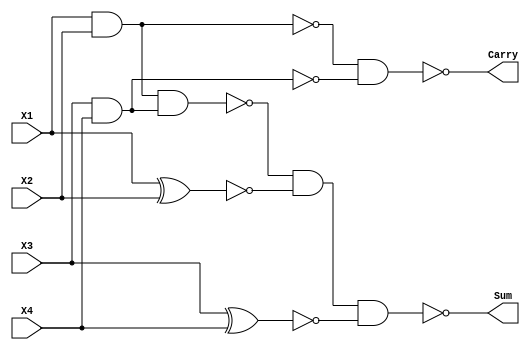
`timescale 1ns / 1ps
//////////////////////////////////////////////////////////////////////////////////
// Company: 
// Engineer: 
// 
// Design Name: 
// Module Name:    comp_approx_4_2 
// Project Name: 
// Target Devices: 
// Tool versions: 
// Description: 
//
// Dependencies: 
//
// Revision: 
// Revision 0.01 - File Created
// Additional Comments: 
//
//////////////////////////////////////////////////////////////////////////////////
module comp_approx(
    input X1,
    input X2,
    input X3,
    input X4,
    output Sum,
    output Carry
    );
wire w1,w2,w3,w4,w5,_w1,_w2;

nand g1(w1,X1,X2);
nand g2(w2,X3,X4);
nand g3(Carry,w1,w2);

not g4(_w1,w1);
not g5(_w2,w2);

nand g6(w3,_w1,_w2);

xnor g7(w4,X1,X2);
xnor g8(w5,X3,X4);

nand g9(Sum,w3,w4,w5);

endmodule